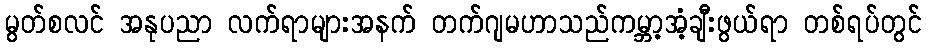
မွတ်စလင် အနုပညာ လက်ရာများအနက် တက်ဂျမဟာသည်ကမ္ဘာ့အံ့ချီးဖွယ်ရာ တစ်ရပ်တွင်